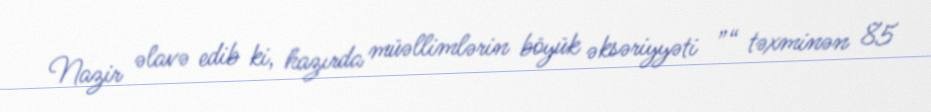
Nazir əlavə edib ki, hazırda müəllimlərin böyük əksəriyyəti ”“ təxminən 85